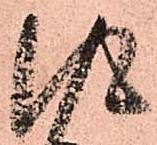
得